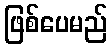
ဖြစ်ပေမည်